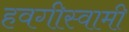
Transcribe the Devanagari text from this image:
हवगीस्वामी